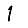
Digit: 1